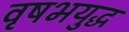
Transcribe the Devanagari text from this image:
वृषभयुद्ध